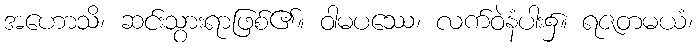
အဟောသိ၊ ဆင်းသွားရာဖြစ်၏။ ဝါမပဿေ၊ လက်ဝဲနံပါး၌။ ရဇတမယံ၊